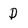
Character: D